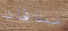
مسافات